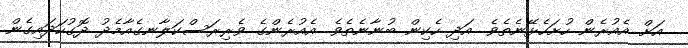
އަށް އެއުރެން ހުށަހެޅޭނެތެވެ. އަދި ހެކިން ބުނާނެތެވެ. އެއުރެންގެ ވެރިރަސްކަލާނގެއާމެދު ދޮގުހަދައިގެން